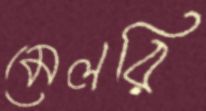
মেলরি